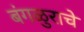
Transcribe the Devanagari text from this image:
बंगळुराचे